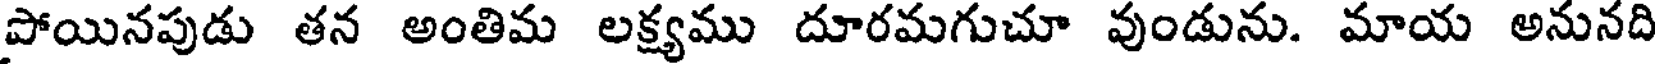
పోయినపుడు తన అంతిమ లక్ష్యము దూరమగుచూ వుండును. మాయ అనునది